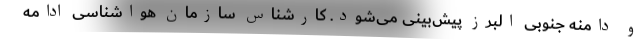
و دامنه جنوبی البرز پیش‌بینی می‌شود. کارشناس سازمان هواشناسی ادامه